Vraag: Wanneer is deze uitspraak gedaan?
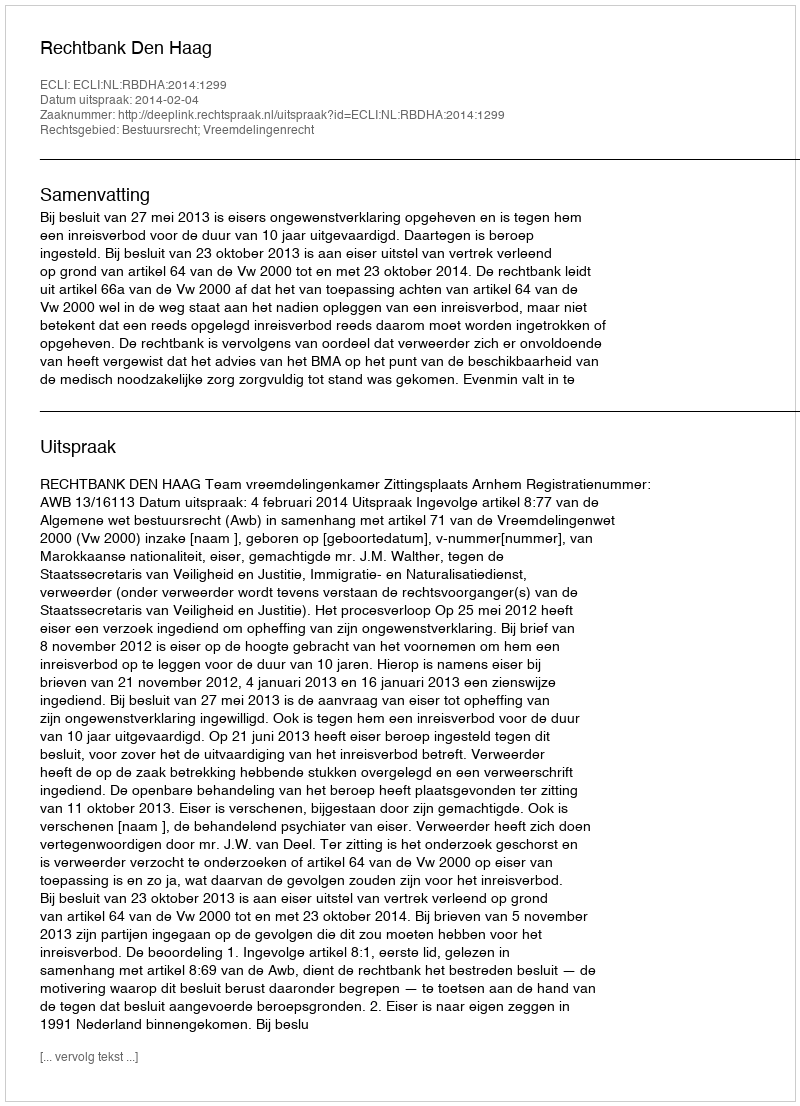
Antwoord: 2014-02-04